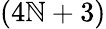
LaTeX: (4\mathbb{N}+3)